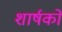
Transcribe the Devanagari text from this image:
शार्षकों